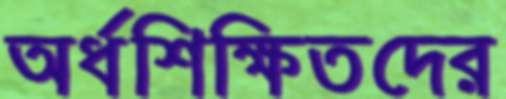
অর্ধশিক্ষিতদের